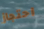
احتجاز